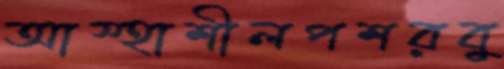
আস্হাশীলপশরবু